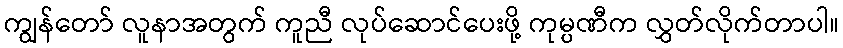
ကျွန်တော် လူနာအတွက် ကူညီ လုပ်ဆောင်ပေးဖို့ ကုမ္ပဏီက လွှတ်လိုက်တာပါ။